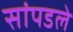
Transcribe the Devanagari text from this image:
सांपडले